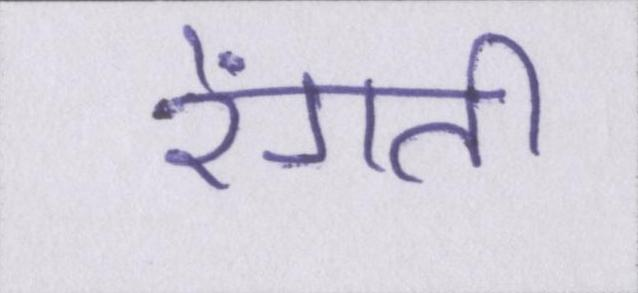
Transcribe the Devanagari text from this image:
रेंगती